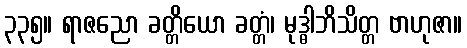
၃၃၅။ ရာဇညော ခတ္တိယော ခတ္တံ၊ မုဒ္ဓါဘိသိတ္တ ဗာဟုဇာ။